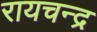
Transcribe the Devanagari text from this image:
रायचन्द्र